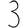
Digit: 3